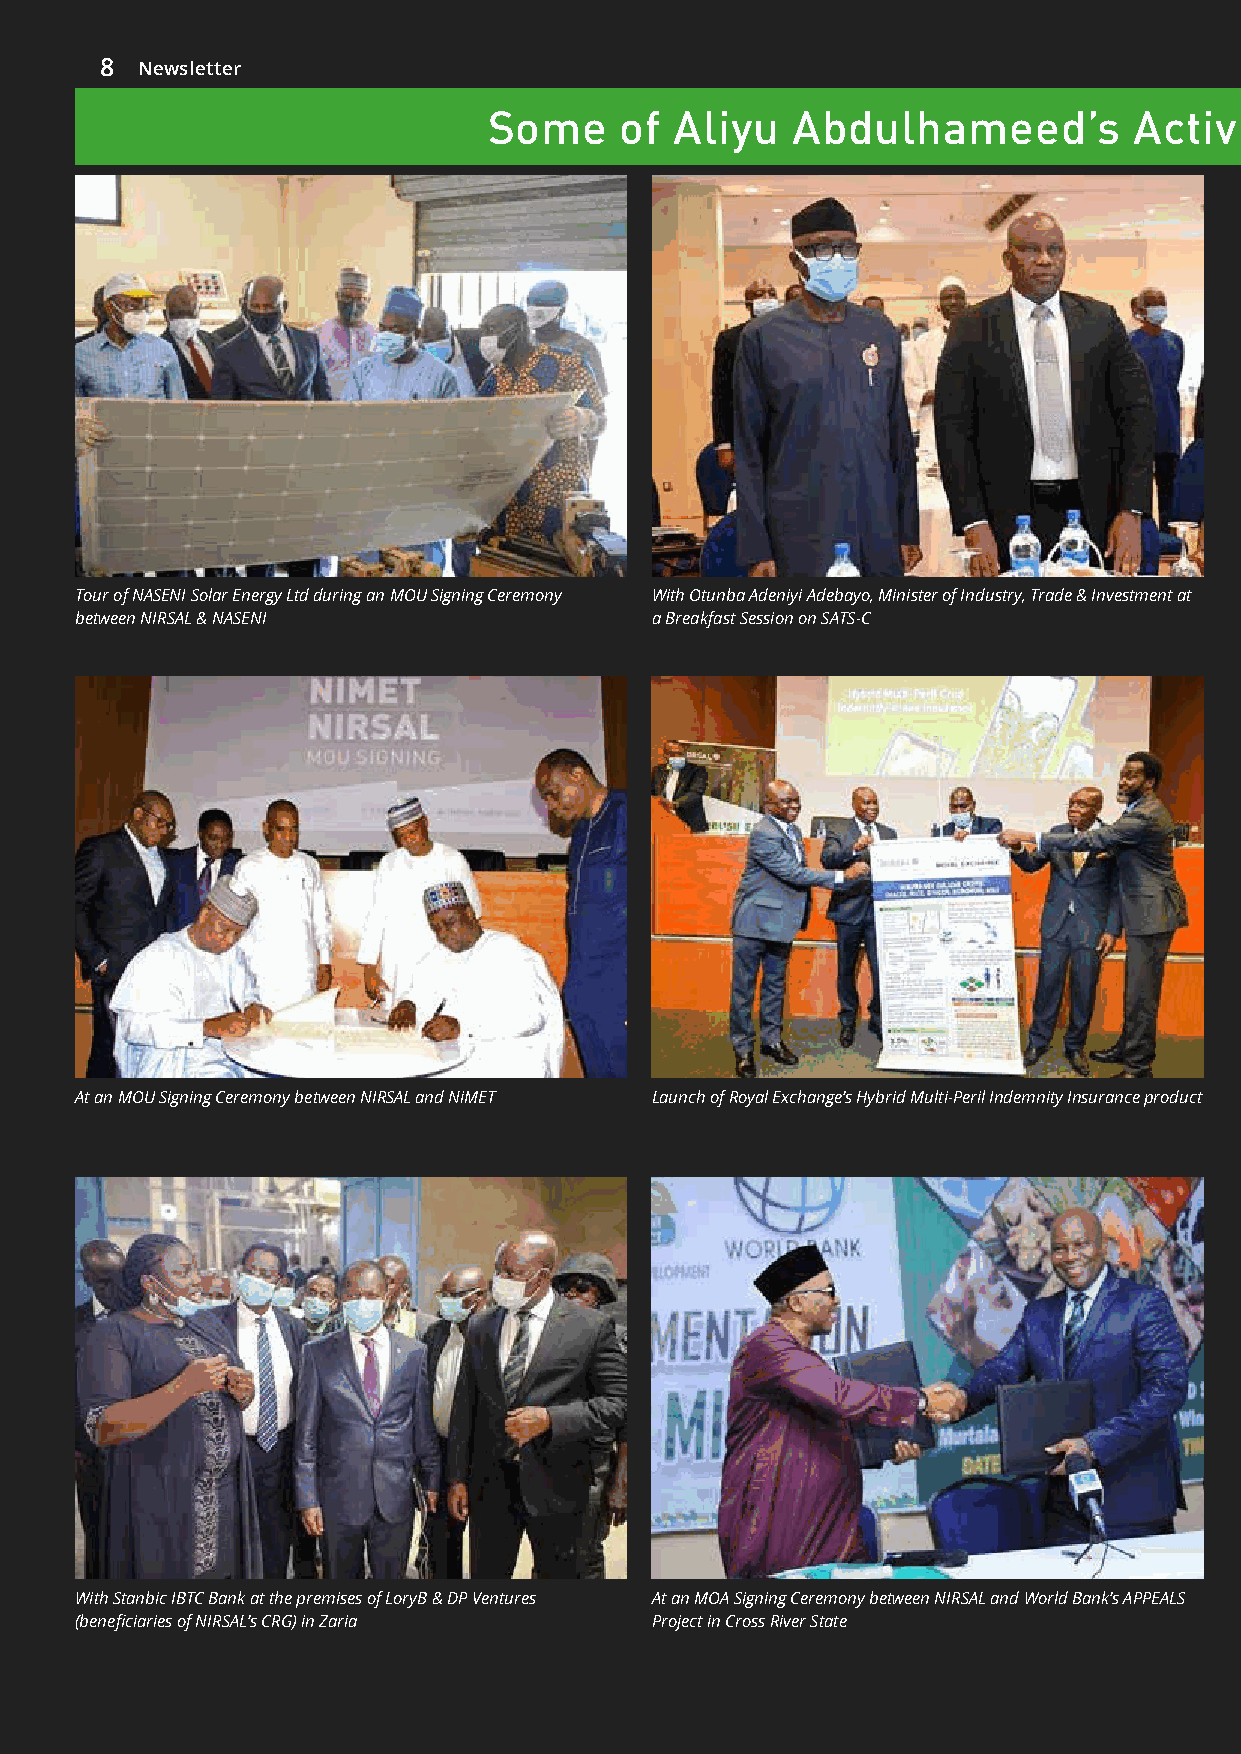
8 Newsletter
 Some     of  Aliyu  Abdulhameed’s          Activities    over   the  last  5  years   in  Pictures
 Tour of NASENI Solar Energy Ltd during an MOU Signing Ceremony With Otunba Adeniyi Adebayo, Minister of Industry, Trade & Investment at
 between NIRSAL & NASENI               a Breakfast Session on SATS-C
 At an MOU Signing Ceremony between NIRSAL and NiMET Launch of Royal Exchange’s Hybrid Multi-Peril Indemnity Insurance product
 With Stanbic IBTC Bank at the premises of LoryB & DP Ventures At an MOA Signing Ceremony between NIRSAL and World Bank’s APPEALS
 (beneficiaries of NIRSAL’s CRG) in Zaria Project in Cross River State